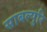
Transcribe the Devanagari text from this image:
साबल्पुरि